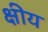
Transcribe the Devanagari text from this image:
क्षीय